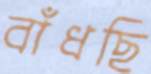
বাঁধছি